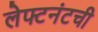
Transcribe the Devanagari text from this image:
लेफ्टनंटची